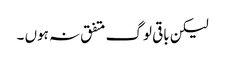
لیکن باقی لوگ متفق نہ ہوں ۔